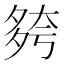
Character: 𡖮